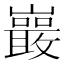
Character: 𭗭